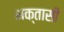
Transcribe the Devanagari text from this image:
भक्तासी